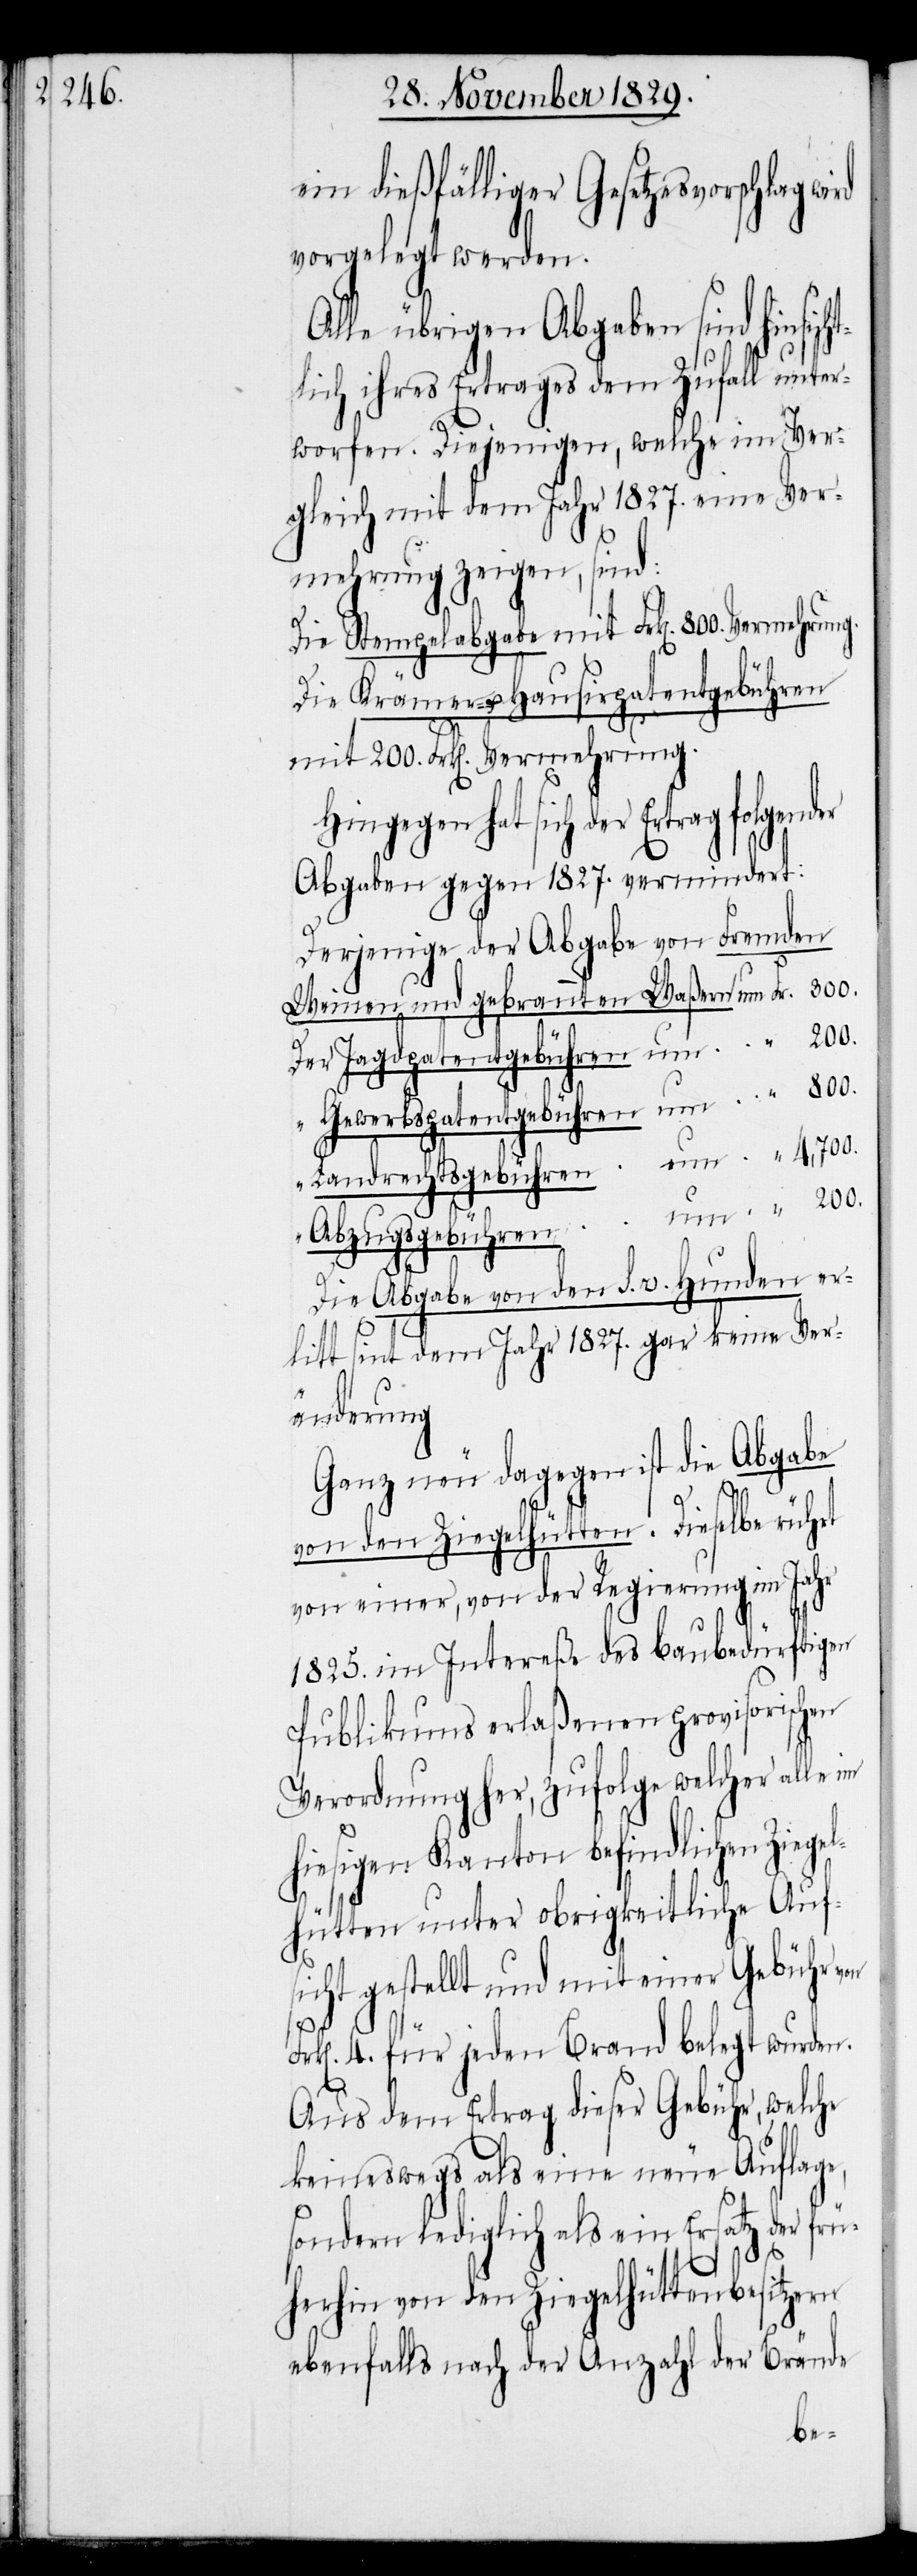
ein dießfälliger Gesetzesvorschlag
vorgelegt werden.
Alle übrigen Abgaben sind hinsich¬
tlich ihres Ertrages dem Zufall unter¬
worfen. Diejenigen, welche im Ver¬
gleich mit dem Jahr 1827. eine Ver¬
mehrung zeigen, sind:
Die Stempelabgabe mit Frk[en].
Die Krämer- u. Hausirpatentgebühren
mit 200. Frk[en]. Vermehrung.
Derjenige der Abgaben
Abgaben gegen 1827. vermindert:
Weinen und gebrannten Waßern um
Gwerbspatentgebühren um
Landrechtsgebühren um
Abzugsgebühren um
Fr¬
Die Abgabe von den s.v. Hunden er¬
litt sint dem Jahr 1827. gar keine Ver¬
änderung.
Ganz neu dagegen ist die Abgabe
“
200.
von den Ziegelhütten. Dieselbe rührt
von einer, von der Regierung im Jahr
1825. im Intereße des baubedürftigen
Publikums erlaßenen provisorischen
Verordnung her, zufolge welcher alle im
hiesigen Kanton befindlichen Ziegel¬
hütten unter obrigkeitliche Auf¬
sicht gestellt und mit einer Gebühr
k[en]. 4. für jeden Brand belegt wurden.
Aus dem Ertrag dieser Gebühr, welche
keineswegs als eine neue Auflage,
sondern lediglich als ein Ersatz der frü¬
itzern
herhin von den Ziegelhüttenbes¬
ebenfalls nach der Anzahl der Brände